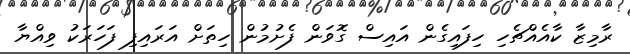
ރާމިޒާ ކާއެއްޗެހި ހިފައިގެން އައިސް ގޮވަން ފެށުމުން ހިތަށް އަރައިފި ފަހަރަކު ވިއްޔާ